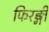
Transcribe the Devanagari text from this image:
फिरङ्गी